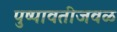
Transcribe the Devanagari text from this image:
पुष्पावतीजवळ